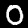
Label: 0